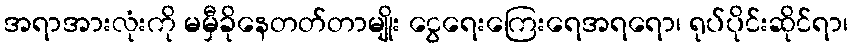
အရာအားလုံးကို မမှီခိုနေတတ်တာမျိုး ငွေရေးကြေးရေအရရော၊ ရုပ်ပိုင်းဆိုင်ရာ၊